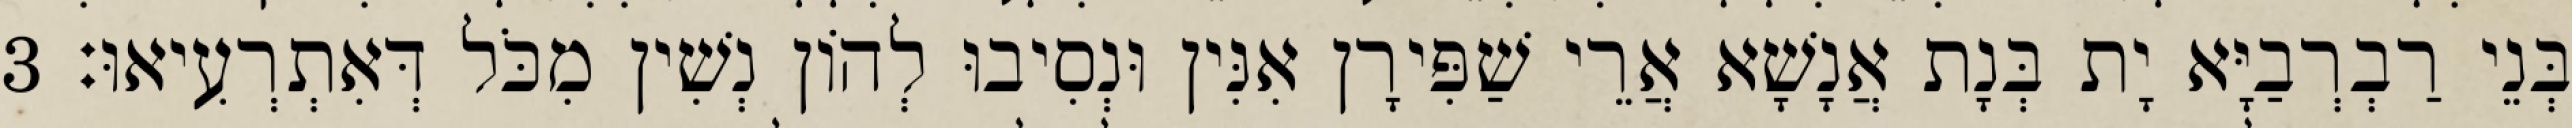
בְּנֵי רַבְרְבַיָּא יָת בְּנָת אֲנָשָׁא אֲרֵי שַׁפִּירָן אִנִּין וּנְסִיבוּ לְהוֹן נְשִׁין מִכֹּל דְּאִתְרְעִיאוּ׃ 3